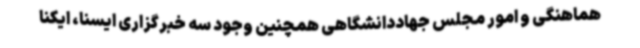
هماهنگی و امور مجلس جهاددانشگاهی همچنین وجود سه خبرگزاری ایسنا، ایکنا